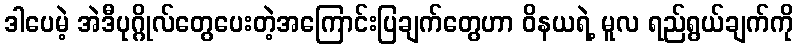
ဒါပေမဲ့ အဲဒီပုဂ္ဂိုလ်တွေပေးတဲ့အကြောင်းပြချက်တွေဟာ ဝိနယရဲ့ မူလ ရည်ရွယ်ချက်ကို